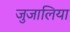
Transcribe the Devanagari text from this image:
जुजालिया